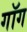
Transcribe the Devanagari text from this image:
गॉग